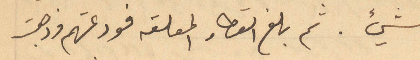
شيء. ثم بلغ القطار المعلقة فودعتهم وذهبت